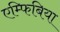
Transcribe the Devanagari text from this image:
एम्फिबिया